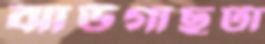
ঝাউগাছটা